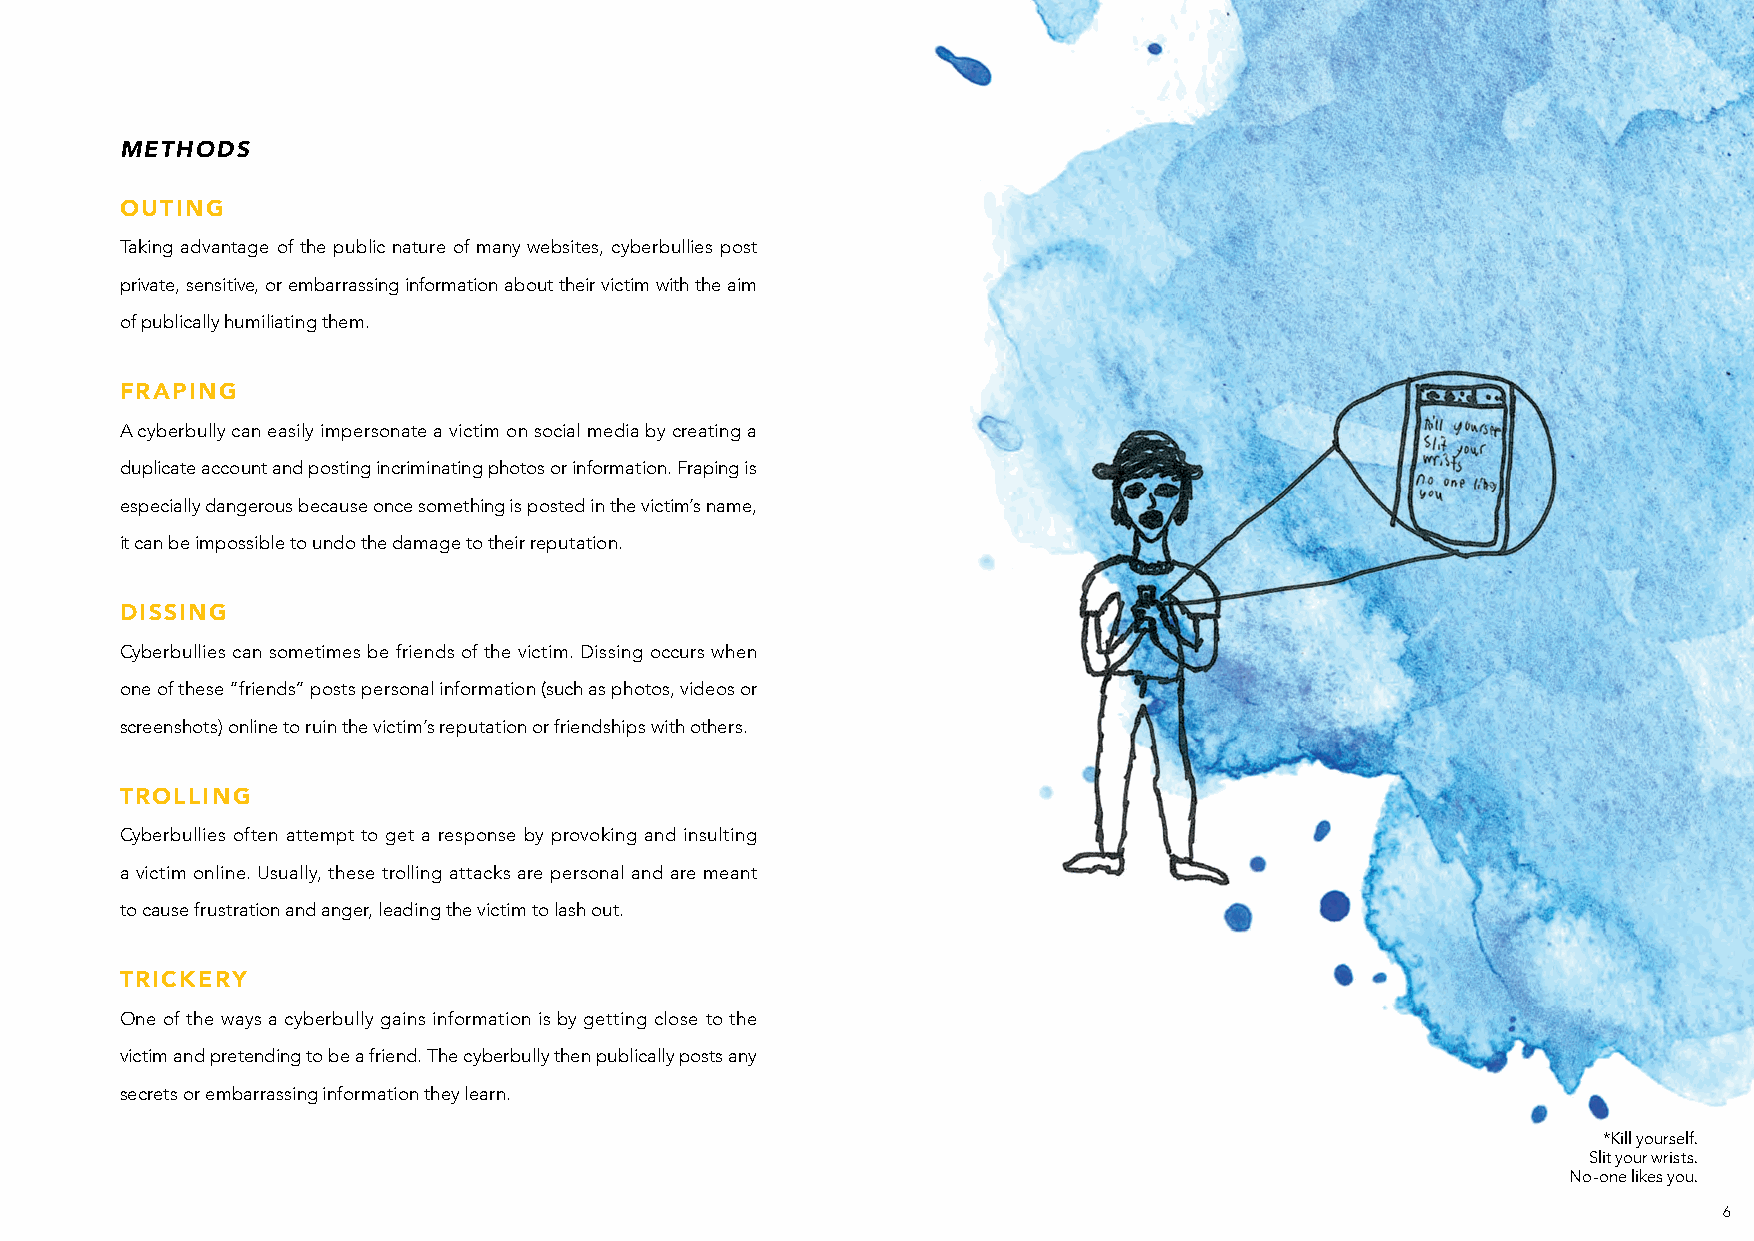
METHODS
 OUTING
 Taking advantage of the public nature of many websites, cyberbullies post
 private, sensitive, or embarrassing information about their victim with the aim
 of publically humiliating them.
 FRAPING
 A cyberbully can easily impersonate a victim on social media by creating a
 duplicate account and posting incriminating photos or information. Fraping is
 especially dangerous because once something is posted in the victim’s name,
 it can be impossible to undo the damage to their reputation.
 DISSING
 Cyberbullies can sometimes be friends of the victim. Dissing occurs when
 one of these “friends” posts personal information (such as photos, videos or
 screenshots) online to ruin the victim’s reputation or friendships with others.
 TROLLING
 Cyberbullies often attempt to get a response by provoking and insulting
 a victim online. Usually, these trolling attacks are personal and are meant
 to cause frustration and anger, leading the victim to lash out.
 TRICKERY
 One of the ways a cyberbully gains information is by getting close to the
 victim and pretending to be a friend. The cyberbully then publically posts any
 secrets or embarrassing information they learn.
 *Kill yourself.
 Slit your wrists.
 No-one likes you.
 6